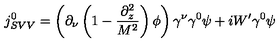
j _ { S V V } ^ { 0 } = \left( \partial _ { \nu } \left( 1 - \frac { \partial _ { z } ^ { 2 } } { M ^ { 2 } } \right) \phi \right) \gamma ^ { \nu } \gamma ^ { 0 } \psi + i W ^ { \prime } \gamma ^ { 0 } \psi